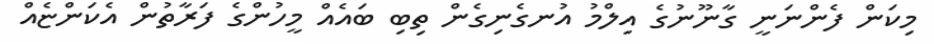
މިކަން ފެންނަނީ ގާނޫނުގެ އިލްމު އުނގެނިގެން ތިބި ބައެއް މީހުންގެ ފަރާތުން އެކަންޏެއް